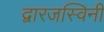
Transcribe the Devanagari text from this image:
द्वारजस्विनी